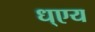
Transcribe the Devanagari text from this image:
ध्एय